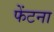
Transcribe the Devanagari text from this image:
फेंटना